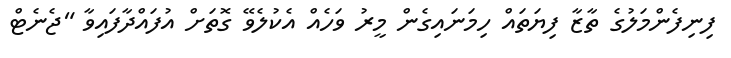
ފިނިފެންމަލުގެ ތާޒާ ފިޔަތައް ހިމަނައިގެން މީރު ވަހެއް އެކުލެވޭ ގޮތަށް އުފައްދާފައިވާ "ޖެނެޓް